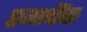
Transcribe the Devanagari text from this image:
एमबैंक